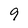
Character: 9